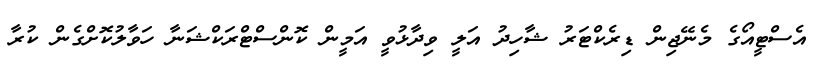
އެސްޓީއޯގެ މެނޭޖިން ޑިރެކްޓަރު ޝާހިދު އަލީ ވިދާޅުވީ އަމީން ކޮންސްޓްރަކްޝަނާ ހަވާލުކޮށްގެން ކުރާ